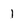
Character: I